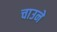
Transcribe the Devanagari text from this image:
चाउने